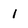
Character: 1